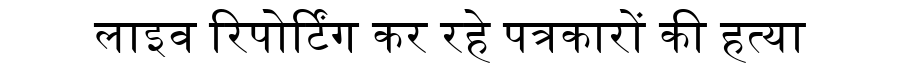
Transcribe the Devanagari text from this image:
लाइव रिपोर्टिंग कर रहे पत्रकारों की हत्या